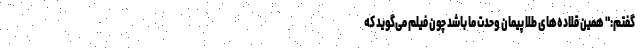
‌گفتم:" همین قلاده‌های طلا پیمان وحدت ما باشد چون فیلم می‌گوید که